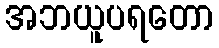
အဘယူပရတော